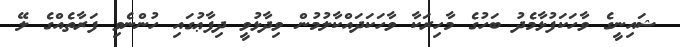
ޝައިނީގެ ވާހަކަފުޅާމެދު ބަހުގެ މާހިރަކާ ވާހަކަދައްކާލުމުން ވިދާޅުވީ ދިފާޢުގައި ހުންނެވި ފަރާތެއްގެ ލޭ